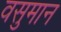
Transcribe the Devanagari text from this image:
वसुमान